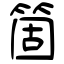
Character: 箇